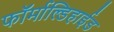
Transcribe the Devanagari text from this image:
फॉर्माल्डिहाईड